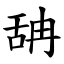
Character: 舑